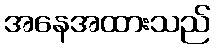
အနေအထားသည်